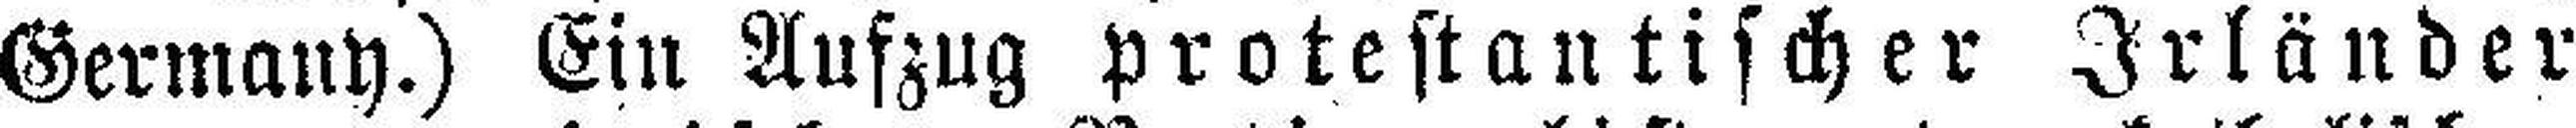
Germany.) Ein Aufzug protestantischer Irländer